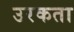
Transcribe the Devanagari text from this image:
उरकता